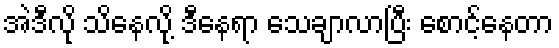
အဲဒီလို သိနေလို့ ဒီနေရာ သေချာလာပြီး စောင့်နေတာ